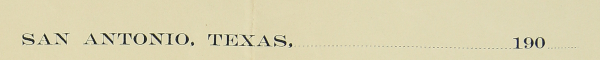
SAN ANTONIO. TEXAS. 190